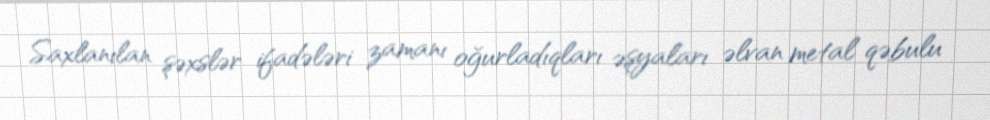
Saxlanılan şəxslər ifadələri zamanı oğurladıqları əşyaları əlvan metal qəbulu